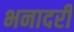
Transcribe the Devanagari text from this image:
भनादरी